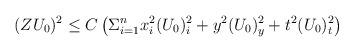
LaTeX: \begin{align*}(ZU_0)^2 \leq C\left ( \Sigma_{i=1}^{n} x_i^2 (U_0)_i^2 + y^2 (U_0)_y^2 + t^2 (U_0)_t^2\right)\end{align*}